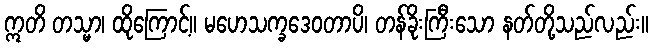
ဣတိ တသ္မာ၊ ထိုကြောင့်။ မဟေသက္ခဒေဝတာပိ၊ တန်ခိုးကြီးသော နတ်တို့သည်လည်း။